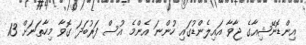
އިންޑޮނޭޝިއާގެ ޖާވާ އައިލެންޑުގައި ހުންނަ އެންމެ އުސް ފަރުބަދަ ގޮވާ މިހާތަނަށް 13